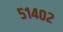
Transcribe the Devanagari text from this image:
५१४०२